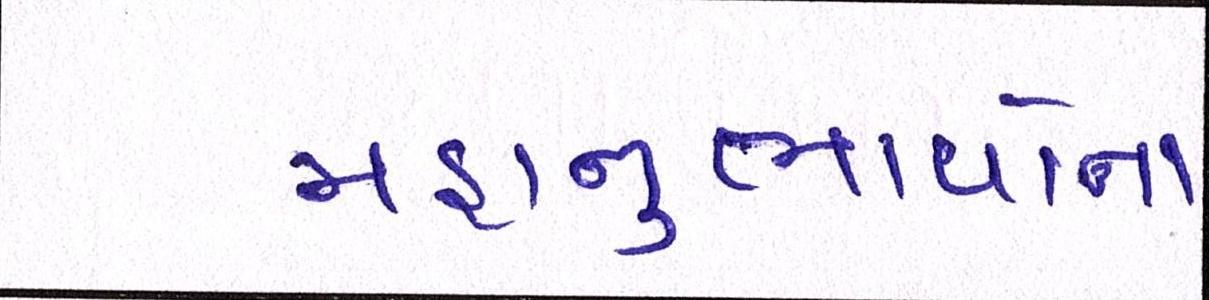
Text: મહાનુભાવોના